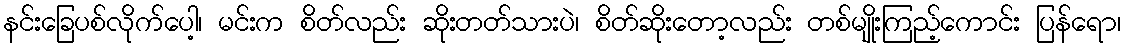
နင်းခြေပစ်လိုက်ပေါ့၊ မင်းက စိတ်လည်း ဆိုးတတ်သားပဲ၊ စိတ်ဆိုးတော့လည်း တစ်မျိုးကြည့်ကောင်း ပြန်ရော၊